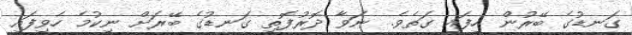
ގަނޑުގެ ބޭރުން ހިފައި ގަތެވެ. ނަވާ ދޮރުފޮތި ގަނޑުގެ ބޭރަށް ނިކުމެ ހެވިފައި